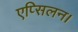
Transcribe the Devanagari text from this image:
एप्सिलन।